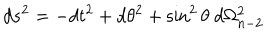
d s ^ { 2 } = - d t ^ { 2 } + d \theta ^ { 2 } + \sin ^ { 2 } \theta \ d \Omega _ { n - 2 } ^ { 2 }